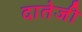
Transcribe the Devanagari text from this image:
दातेजी